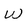
Character: W